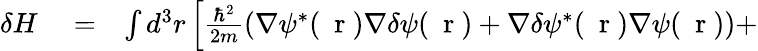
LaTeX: \begin{array}{rlr}{\delta H}&{{}=}&{\int d^{3}r\left[\frac{\hbar^{2}}{2m}\left(\nabla\psi^{*}(\mathrm{~\mathbf~r~})\nabla\delta\psi(\mathrm{~\mathbf~r~})+\nabla\delta\psi^{*}(\mathrm{~\mathbf~r~})\nabla\psi(\mathrm{~\mathbf~r~})\right)+\right.}\end{array}